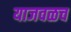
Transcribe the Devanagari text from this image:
याजवळच